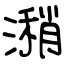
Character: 潲